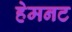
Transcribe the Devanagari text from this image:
हेमनट